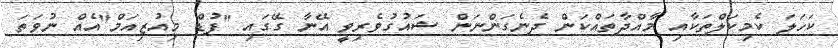
ކަހަލަ ކެމިކަލްތަކާއި މާއްދާތައްކަން ދެނެގަންނަން ޝައުގުވެރިވީ އޭނާ ގޭގައި "ފުޑް މިއުޒިއަމް"އެއް ނުވަތަ